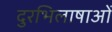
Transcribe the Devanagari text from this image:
दुरभिलाषाओं